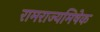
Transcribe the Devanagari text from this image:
रामराज्यमिषेक